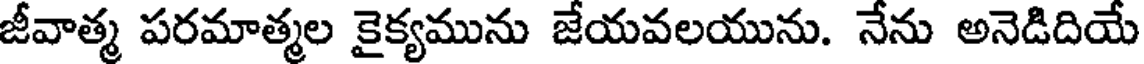
జీవాత్మ పరమాత్మల కైక్యమును జేయవలయును. నేను అనెడిదియే